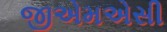
જીએમએસી